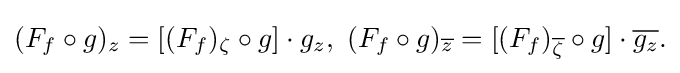
\displaystyle {(F_{f}\circ g)_{z}=[(F_{f})_{\zeta }\circ g]\cdot g_{z},\,\,(F_{f}\circ g)_{\overline {z}}=[(F_{f})_{\overline {\zeta }}\circ g]\cdot {\overline {g_{z}}}.}